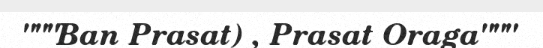
"""Ban Prasat) , Prasat Oraga"""